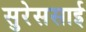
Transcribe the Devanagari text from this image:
सुरेससाई